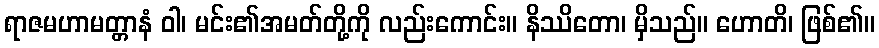
ရာဇမဟာမတ္တာနံ ဝါ၊ မင်း၏အမတ်တို့ကို လည်းကောင်း။ နိဿိတော၊ မှိသည်။ ဟောတိ၊ ဖြစ်၏။